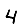
Digit: 4